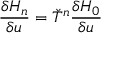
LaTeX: { \frac { \delta H _ { n } } { \delta u } } = { \check { T } } ^ { n } { \frac { \delta H _ { 0 } } { \delta u } }